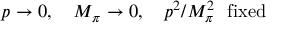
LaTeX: p \rightarrow 0 , ~ ~ ~ M _ { \pi } \rightarrow 0 , ~ ~ ~ p ^ { 2 } / M _ { \pi } ^ { 2 } ~ ~ \mathrm { f i x e d }